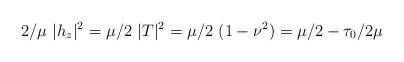
LaTeX: \begin{align*}2/\mu\ |h_z|^2=\mu/2\ |T|^2=\mu/2\ (1-\nu^2)=\mu/2-\tau_0/{2\mu}\end{align*}